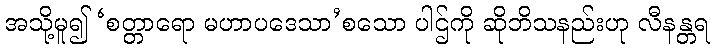
အသို့မူ၍ ‘စတ္တာရော မဟာပဒေသာ’စသော ပါဌ်ကို ဆိုဘိသနည်းဟု လီနန္တရ